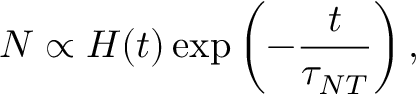
N \propto H ( t ) \exp \left( - \frac { t } { \tau _ { N T } } \right) ,